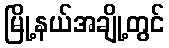
မြို့နယ်အချို့တွင်